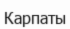
Карпаты